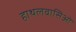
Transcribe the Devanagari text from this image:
हाथलवासिओं